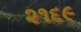
૨૧૬૯